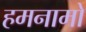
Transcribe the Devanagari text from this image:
हमनामों